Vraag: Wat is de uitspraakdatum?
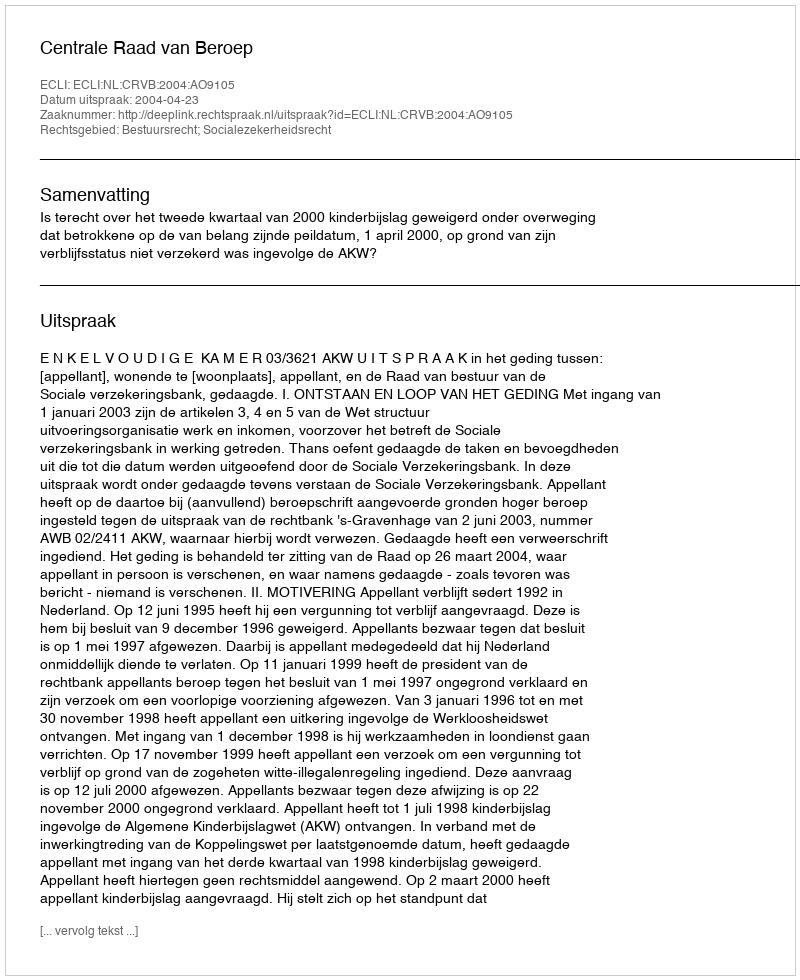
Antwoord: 2004-04-23